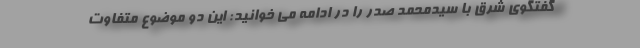
گفتگوی شرق با سیدمحمد صدر را در ادامه می خوانید: ‌این دو موضوع متفاوت